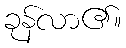
ခုန်လာ၏။